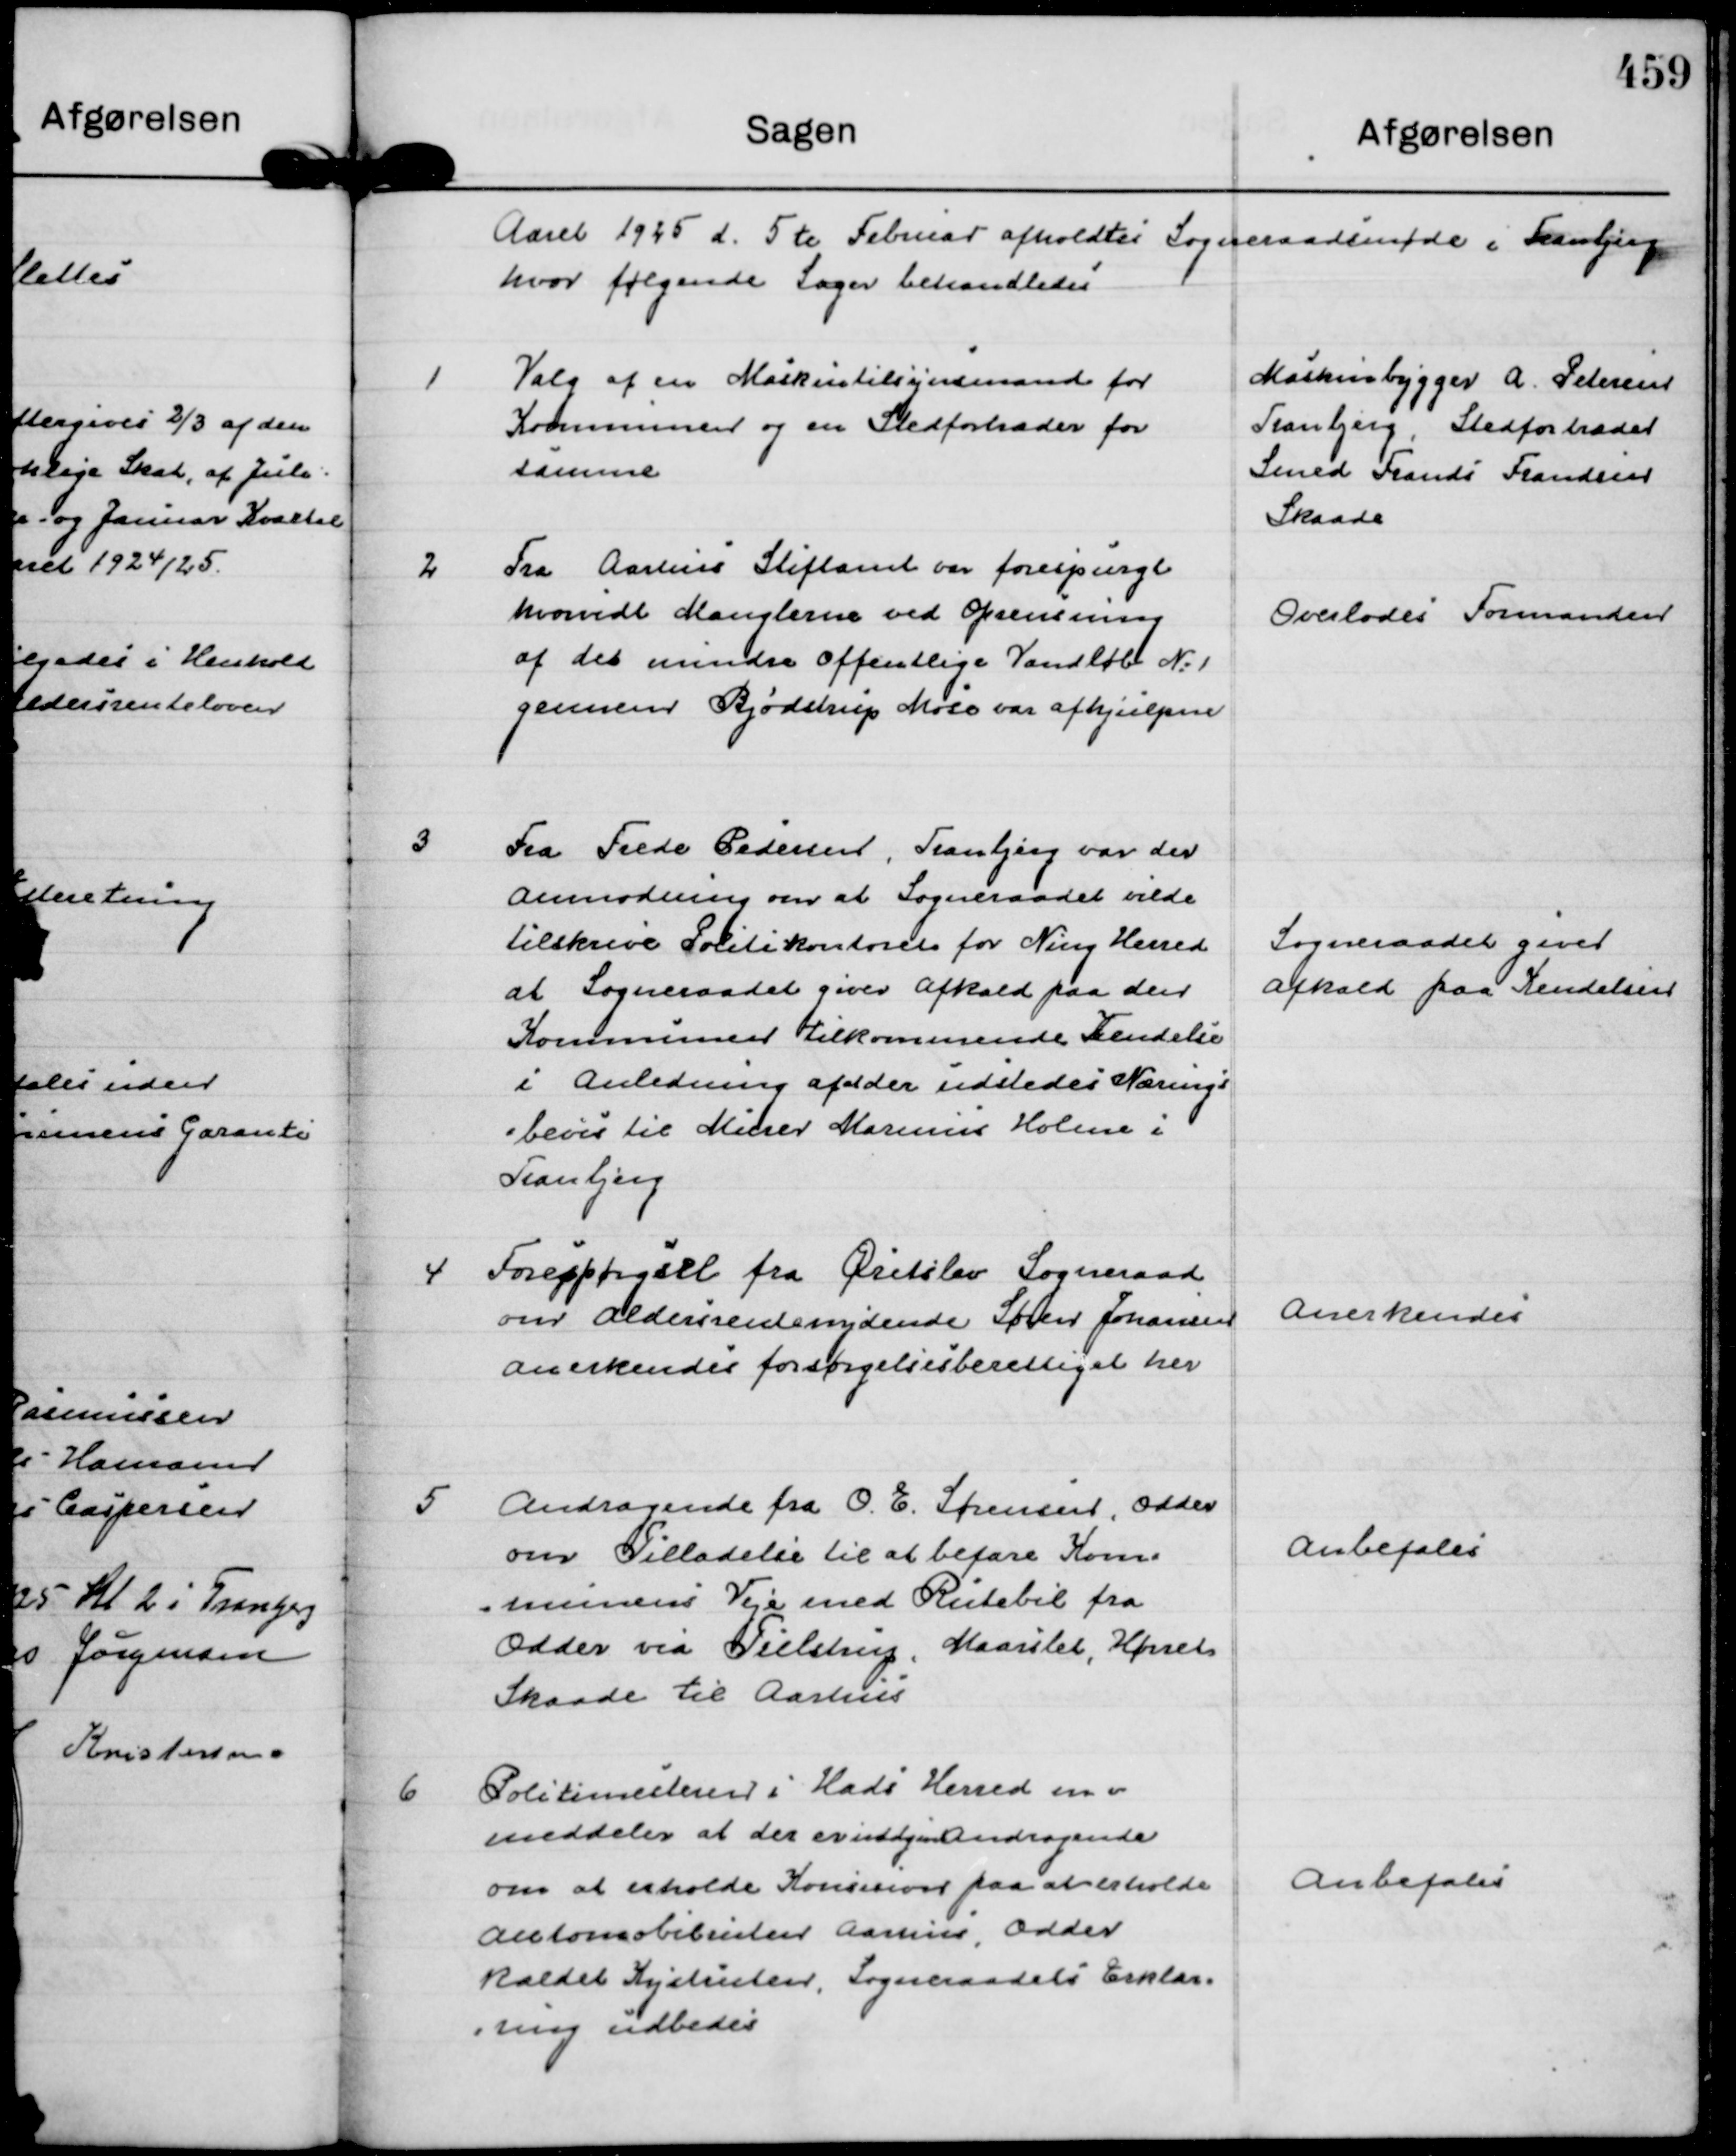
Transskription:
Aaret 1925 d. 5 te Februar afholdtes Sogneraadsmøde i Tranbjerg
hvor følgende Sager behandledes

1
Valg af en Maskintilsynsmand for
Kommunen og en Stedfortræder for
samme

Maskinbygger A Petersen
Tranbjerg, Stedfortræder
Smed Frands Frandsen
Skaade

2
Fra Aarhus Stiftamt var forespurgt
hvorvidt Manglerne ved Oprensning
af det mindre offentlige Vandløb N: 1
gennem Bjødstrup Mose var afhjulpne

Overlodes Formanden

3
Fra Frede Pedersen, Tranbjerg var der
anmodning om at Sogneraadet vilde
tilskrive Politikontoret for Ning Herred
at Sogneraadet giver Afkald paa den 
Kommunen Tilkommende Kendelse
i Anledning af at der udstedes Nærings
=bevis til Murer Marinus Holme i 
Tranbjerg

Sogneraadet giver
afkald paa Kendelsen

4
Forespørgsel fra Øretslev Sogneraad
om Aldersrentenydende Søren Jonassen
anerkendes forsørgelsesberettiget her

Anerkendes

5
Andragende fra O. E. Sørensen, Odder
om Tilladelse til at befare Kom=
=munens Veje med Rutebil fra
Odder via Tulstrup, Maaslet, Hørret
Skaade til Aarhus

Anbefales

6
Politimesteren i Hads Herred m v
meddeler at der er indgivet Andragende
om at erholde Konsecion paa at erholde
Automobilruten Aarhus, Odder
kaldet Kystruten, Sogneraadets Erklæ=
=ring udbedes

Anbefales